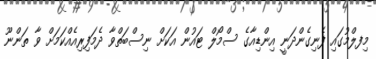
މިފލްމުގައި ފެނިގެންދަނީ އިންޑިއާގެ ސްމޯލް ޓައުން އަކަށް ނިސްބަތްވާ ދެމަފިރިއެއްކަމަށް ވާ ތަންނޫ